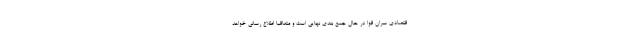
قتصادی سران قوا در حال جمع بندی نهایی است و متعاقبا اطلاع رسانی خواهد